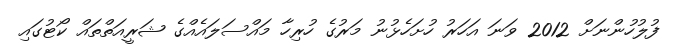
ފުލުހުންނަށް 2012 ވަނަ އަހަރު ހުށަހެޅުނު މަރުގެ ހުރިހާ މައްސަލައެއްގެ ޝަރީއަތްތައް ކޯޓުގައި